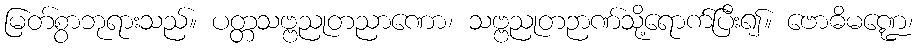
မြတ်စွာဘုရားသည်။ ပတ္တသဗ္ဗညုတညာဏော၊ သဗ္ဗညုတဉာဏ်သို့ရောက်ပြီး၍။ ဗောဓိမဏ္ဍေ၊